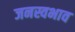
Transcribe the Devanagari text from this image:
जनस्वभाव